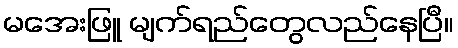
မအေးဖြူ မျက်ရည်တွေလည်နေပြီ။